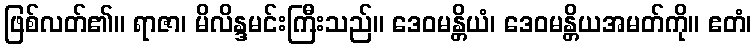
ဖြစ်လတ်၏။ ရာဇာ၊ မိလိန္ဒမင်းကြီးသည်။ ဒေဝမန္တိယံ၊ ဒေဝမန္တိယအမတ်ကို။ ဧတံ၊